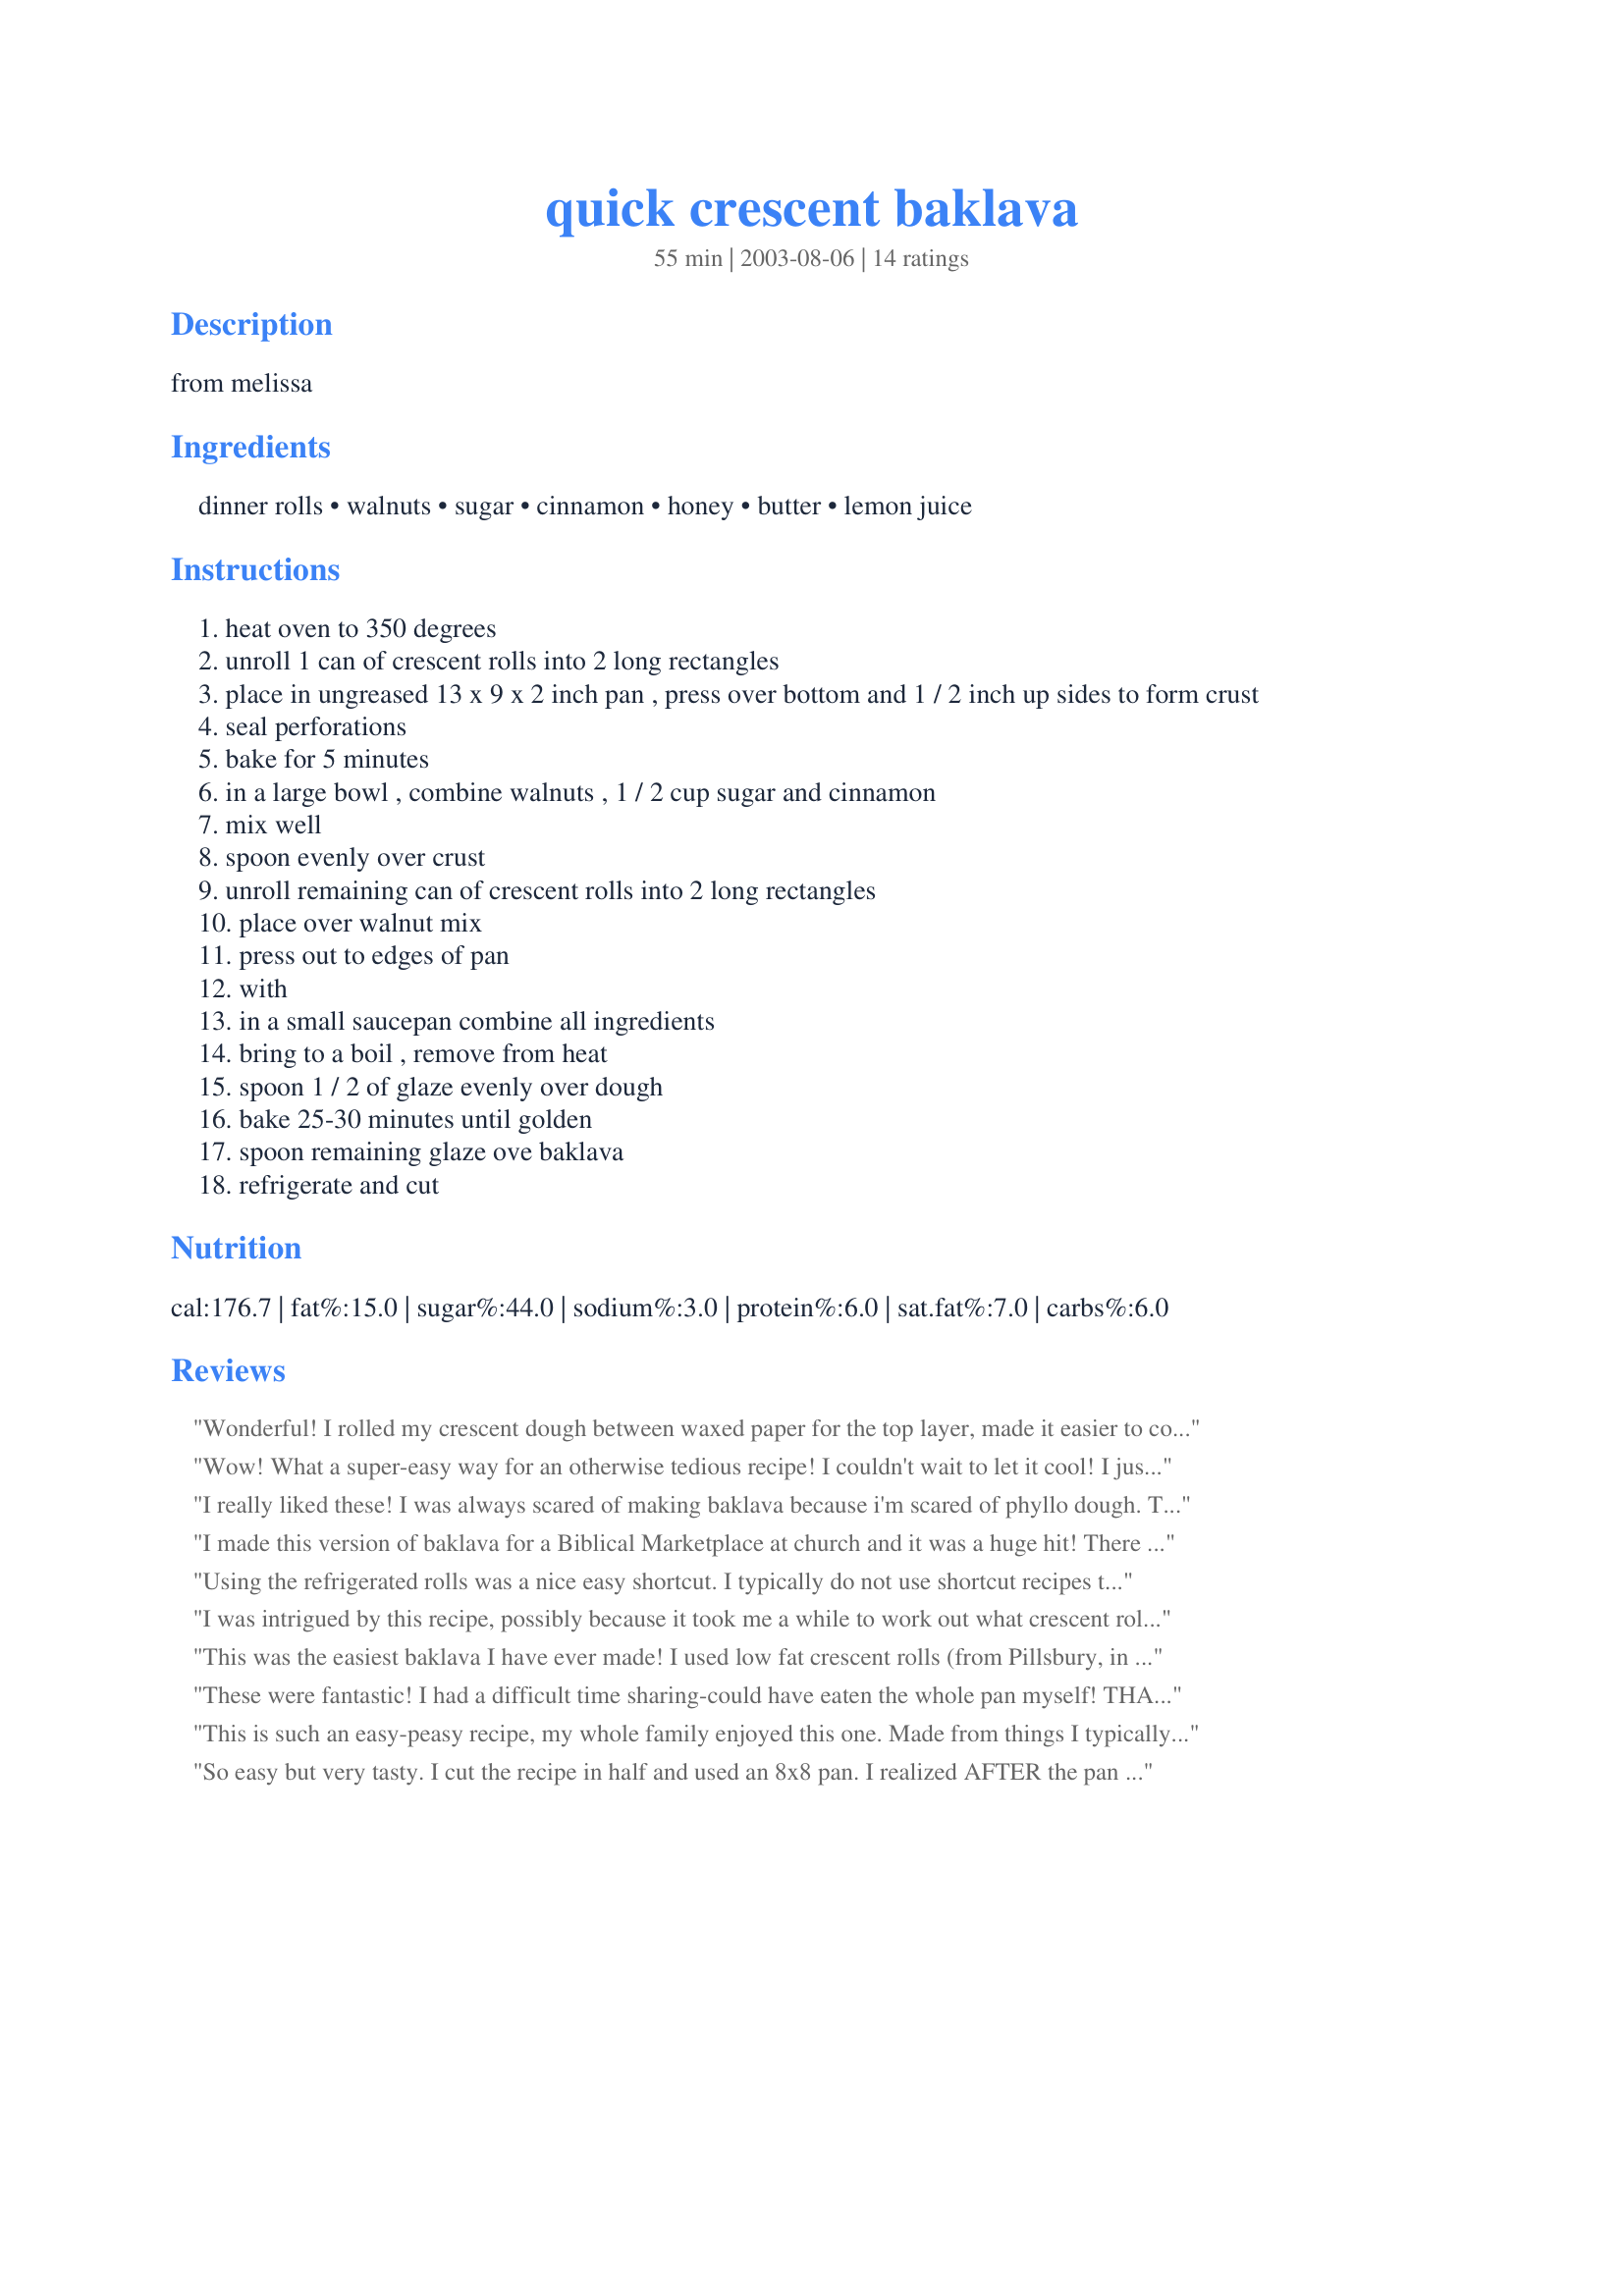
quick crescent baklava
Preparation time: 55 minutes

from melissa

Ingredients:
dinner rolls, walnuts, sugar, cinnamon, honey, butter, lemon juice

Steps:
heat oven to 350 degrees
unroll 1 can of crescent rolls into 2 long rectangles
place in ungreased 13 x 9 x 2 inch pan , press over bottom and 1 / 2 inch up sides to form crust
seal perforations
bake for 5 minutes
in a large bowl , combine walnuts , 1 / 2 cup sugar and cinnamon
mix well
spoon evenly over crust
unroll remaining can of crescent rolls into 2 long rectangles
place over walnut mix
press out to edges of pan
with
in a small saucepan combine all ingredients
bring to a boil , remove from heat
spoon 1 / 2 of glaze evenly over dough
bake 25-30 minutes until golden
spoon remaining glaze ove baklava
refrigerate and cut

Reviews:
Wonderful! I rolled my crescent dough between waxed paper for the top layer, made it easier to cover the nut mixture. Also used less nuts and lime juice since no lemon on hand. Turned out sinful! Thank you!
Wendy
Wow! What a super-easy way for an otherwise tedious recipe! I couldn't wait to let it cool! I just HAD to taste-test it fresh from the oven! YUMMMMMY! Will take some to work tomorrow and let my boss taste it. (Her family does it the "hard" way)
I really liked these! I was always scared of making baklava because i'm scared of phyllo dough. This was a nice alternative to it. I used crushed pecans instead of walnuts, as i am allergic to them. Mine baked very fast, i checked them after 15 min and they were almost burned but managed to save them! So watch them in the oven! Very good easy recipe!
I made this version of baklava for a Biblical Marketplace at church and it was a huge hit! There were only a few slivers left over and my daughter (age 4) decided that she wanted baklava on top of her birthday cake! :)
Using the refrigerated rolls was a nice easy shortcut. I typically do not use shortcut recipes that use prepared foods, but decided to give this a try. I made half batch, which was a little hard to handle working with such small quantity of dough, and I think I should have chopped up the walnuts a bit smaller. I used the ready-chopped ones, and debated with myself as to whether they were chopped small enough or not.
I was intrigued by this recipe, possibly because it took me a while to work out what crescent rolls are (croissants):-) Anyway I managed to find Sara Lee croissant dough at my supermarket and away I went! The whole thing went together brilliantly (the most difficult part was getting the dough out of the cardboard tube!) and the glaze is amazing too. Because there's just the two of us we had this over several days; it got better each day. I also think this would work well with other fillings; maybe a sliced apple and mincemeat filling. A keeper, thanks for posting Kaarin.
This was the easiest baklava I have ever made! I used low fat crescent rolls (from Pillsbury, in the fridge section, canned), and followed the recipe for the most part. However, I used a combination of almonds and pecans, instead of walnuts. The only thing I would change is that I would make one and a half batches of the syrup, or even double the syrup, as it came out a bit dry (we like it wet and gooey). For me, it was a perfect recipe, and a wonderful timesaver. A good friend in Colorado made it, but they like chocolate baklava, so she added chocolate chips to hers! But, in NC, I liked it how it was!
These were fantastic! I had a difficult time sharing-could have eaten the whole pan myself! THANKS!
This is such an easy-peasy recipe, my whole family enjoyed this one.
Made from things I typically have in the house!
Thanks for posting!
So easy but very tasty. I cut the recipe in half and used an 8x8 pan. I realized AFTER the pan was in the oven that I had used the wrong measuring cup for the nuts. Even with less nuts the recipe was a success. Thanks!
Excellent!! Easy to make and delicious!!
Wonderful! Didn't change a thing, will make often. Thanks for sharing.
This is easy and so delicious! You really have to have a sweet tooth for this, it's very rich so a little piece goes a long way, I will definatley make this again, thanks for posting!...Kitten:)
This is a nice shortcut recipe that tastes very good. I used very finely chopped walnuts and added a bit more cinnamon. Easy to prepare baklova!
